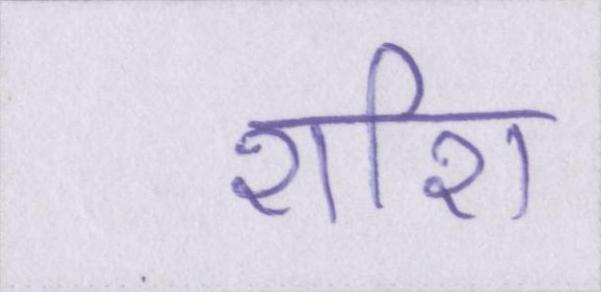
शशि